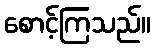
စောင့်ကြသည်။